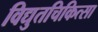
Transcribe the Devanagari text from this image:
विद्युतचिकित्सा